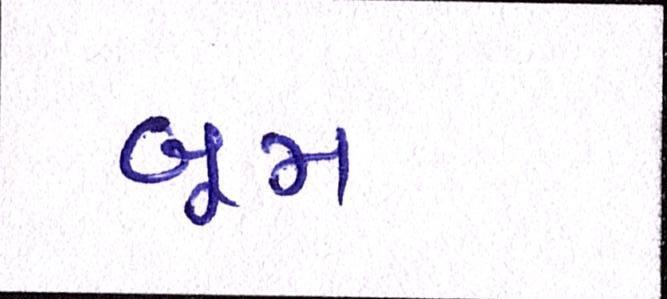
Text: બૂમ